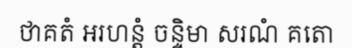
ថាគតំ អរហន្តំ ចន្ទិមា សរណំ គតោ